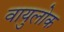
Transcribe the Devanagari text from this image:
वायुलोक